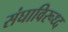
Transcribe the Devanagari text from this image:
संघाविरूध्द